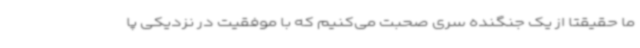
ما حقیقتا از یک جنگنده سری صحبت می‌کنیم که با موفقیت در نزدیکی پا